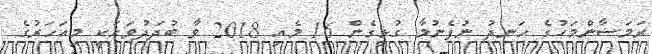
ރަމަޟާންމަހުގެ ހަނދު ނުފެނުމާ ގުޅިގެން 16 މެއި 2018 ވާ ބުދަދުވަހަކީ މިއަހަރުގެ